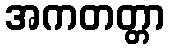
အကတတ္တာ